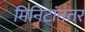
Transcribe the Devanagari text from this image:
मिनिटांनतर